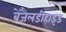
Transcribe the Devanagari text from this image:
बेंजैलडीहाइड